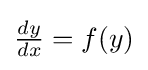
{\tfrac {dy}{dx}}=f(y)